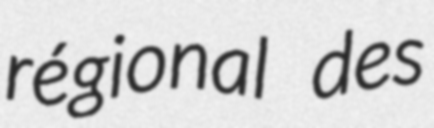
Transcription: régional des